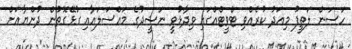
ހަސަން ލަތީފު މިއަދު ކުރެއްވި ޓްވީޓްއްގައި ވިދާޅުވީ ނަޝީދުގެ މައްސަލައާއި ގުޅޭގޮތުން ދުންޔާއަށް